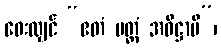
ဝေးလျှင် “ဧတံ ပတ္တံ အဓိဋ္ဌာမိ”၊